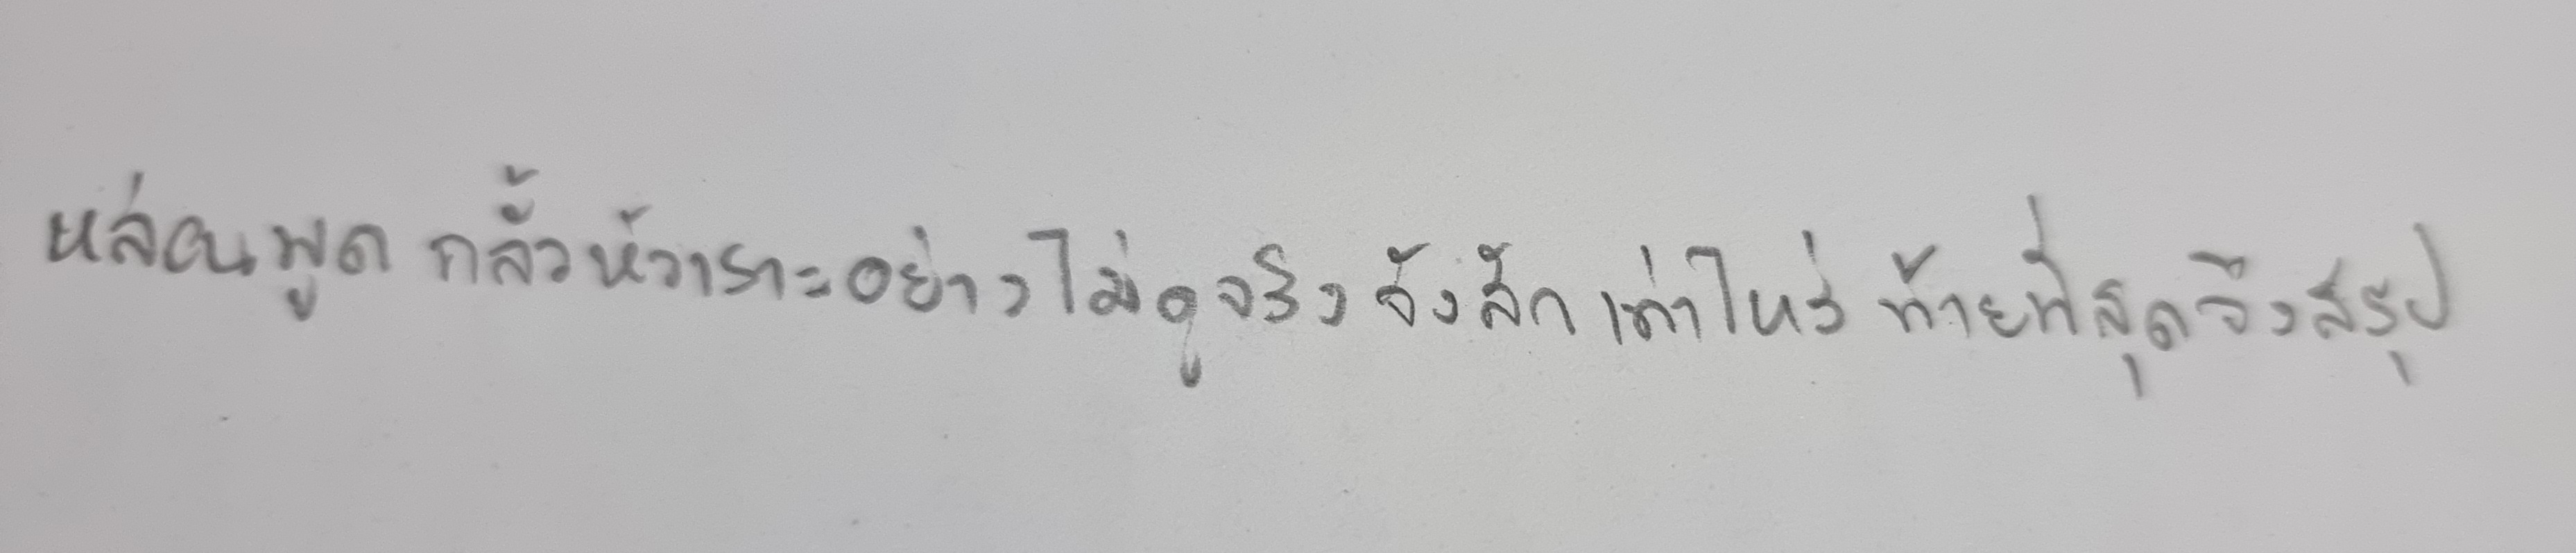
หล่อนพูดกลั้วหัวเราะอย่างไม่ดูจริงจังสักเท่าไหร่ท้ายที่สุดจึงสรุป